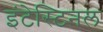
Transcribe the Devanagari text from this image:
इंटेस्टिनल